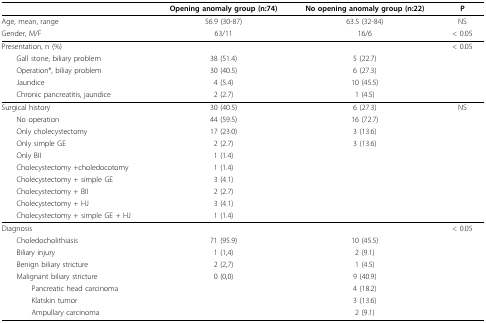
<table><thead><tr><td></td><td><b>Opening anomaly group (n:74)</b></td><td><b>No opening anomaly group (n:22)</b></td><td><b>P</b></td></tr></thead><tbody><tr><td>Age, mean, range</td><td>56.9 (30-87)</td><td>63.5 (32-84)</td><td>NS</td></tr><tr><td>Gender, M/F</td><td>63/11</td><td>16/6</td><td>&lt; 0.05</td></tr><tr><td>Presentation, n (%)</td><td></td><td></td><td>&lt; 0.05</td></tr><tr><td> Gall stone, biliary problem</td><td>38 (51.4)</td><td>5 (22.7)</td><td></td></tr><tr><td> Operation*, biliay problem</td><td>30 (40.5)</td><td>6 (27.3)</td><td></td></tr><tr><td> Jaundice</td><td>4 (5.4)</td><td>10 (45.5)</td><td></td></tr><tr><td> Chronic pancreatitis, jaundice</td><td>2 (2.7)</td><td>1 (4.5)</td><td></td></tr><tr><td>Surgical history</td><td>30 (40.5)</td><td>6 (27.3)</td><td>NS</td></tr><tr><td> No operation</td><td>44 (59.5)</td><td>16 (72.7)</td><td></td></tr><tr><td> Only cholecystectomy</td><td>17 (23.0)</td><td>3 (13.6)</td><td></td></tr><tr><td> Only simple GE</td><td>2 (2.7)</td><td>3 (13.6)</td><td></td></tr><tr><td> Only BII</td><td>1 (1.4)</td><td></td><td></td></tr><tr><td> Cholecystectomy +choledocotomy</td><td>1 (1.4)</td><td></td><td></td></tr><tr><td> Cholecystectomy + simple GE</td><td>3 (4.1)</td><td></td><td></td></tr><tr><td> Cholecystectomy + BII</td><td>2 (2.7)</td><td></td><td></td></tr><tr><td> Cholecystectomy + HJ</td><td>3 (4.1)</td><td></td><td></td></tr><tr><td> Cholecystectomy + simple GE + HJ</td><td>1 (1.4)</td><td></td><td></td></tr><tr><td>Diagnosis</td><td></td><td></td><td>&lt; 0.05</td></tr><tr><td> Choledocholithiasis</td><td>71 (95.9)</td><td>10 (45.5)</td><td></td></tr><tr><td> Biliary injury</td><td>1 (1,4)</td><td>2 (9.1)</td><td></td></tr><tr><td> Benign biliary stricture</td><td>2 (2,7)</td><td>1 (4.5)</td><td></td></tr><tr><td> Malignant biliary stricture</td><td>0 (0,0)</td><td>9 (40.9)</td><td></td></tr><tr><td>Pancreatic head carcinoma</td><td></td><td>4 (18.2)</td><td></td></tr><tr><td>Klatskin tumor</td><td></td><td>3 (13.6)</td><td></td></tr><tr><td>Ampullary carcinoma</td><td></td><td>2 (9.1)</td><td></td></tr></tbody></table>